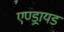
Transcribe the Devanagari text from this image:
एण्ड्रायड